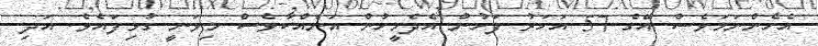
އެހެންނަމަވެސް އޭގެ 57 އަހަރު ފަހުން އެދެމީހުން އަނެއްކާވެސް މިވަނީ ގުޅިފައެވެ. އަދި